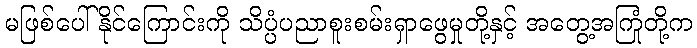
မဖြစ်ပေါ်နိုင်ကြောင်းကို သိပ္ပံပညာစူးစမ်းရှာဖွေမှုတို့နှင့် အတွေ့အကြုံတို့က